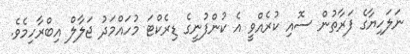
ނަލަހިޔާގެ ފަރާތުން ސޮއި ކުރެއްވީ އެ ކުންފުނީގެ ޑިރެކްޓަ މުހައްމަދު ޖަލާލް އިބްރާހިމެވެ.